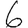
Digit: 6